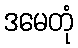
ဒမေတုံ